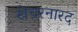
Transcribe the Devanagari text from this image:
खेचरनारद